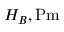
H _ { B } , \ensuremath { \mathrm { P m } }